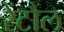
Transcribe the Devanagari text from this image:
रेंटौल